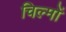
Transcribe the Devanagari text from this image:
चिल्मों